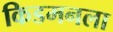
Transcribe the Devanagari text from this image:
किडमनला